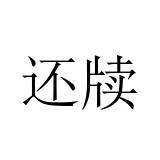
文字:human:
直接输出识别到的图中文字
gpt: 还牍